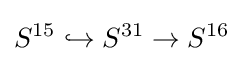
S^{15}\hookrightarrow S^{31}\rightarrow S^{16}